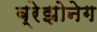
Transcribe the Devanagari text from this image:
ब्रेझोनेग